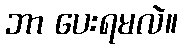
ဘာ ပေးရမလဲ။